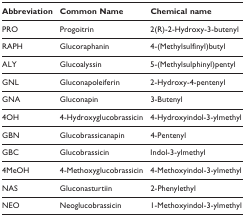
| Abbreviation | Common Name | Chemical name |
 | --- | --- | --- |
 | PRO | Progoitrin | 2(R)-2-Hydroxy-3-butenyl |
 | RAPH | Glucoraphanin | 4-(Methylsulfinyl)butyl |
 | ALY | Glucoalyssin | 5-(Methylsulphinyl)pentyl |
 | GNL | Gluconapoleiferin | 2-Hydroxy-4-pentenyl |
 | GNA | Gluconapin | 3-Butenyl |
 | 4OH | 4-Hydroxyglucobrassicin | 4-Hydroxyindol-3-ylmethyl |
 | GBN | Glucobrassicanapin | 4-Pentenyl |
 | GBC | Glucobrassicin | Indol-3-ylmethyl |
 | 4MeOH | 4-Methoxyglucobrassicin | 4-Methoxyindol-3-ylmethyl |
 | NAS | Gluconasturtiin | 2-Phenylethyl |
 | NEO | Neoglucobrassicin | 1-Methoxyindol-3-ylmethyl |